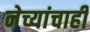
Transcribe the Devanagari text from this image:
नेच्यांचाही